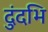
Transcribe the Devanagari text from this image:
दुंदभि